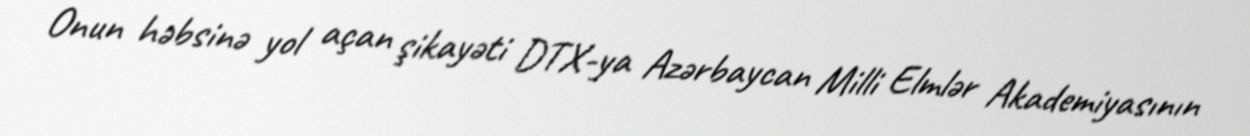
Onun həbsinə yol açan şikayəti DTX-ya Azərbaycan Milli Elmlər Akademiyasının